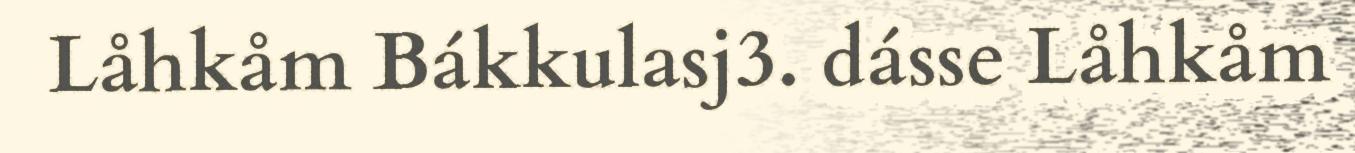
Låhkåm Bákkulasj3. dásse Låhkåm